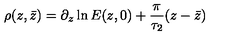
\rho ( z , \bar { z } ) = \partial _ { z } \ln { E ( z , 0 ) } + \frac { \pi } { \tau _ { 2 } } ( z - \bar { z } )